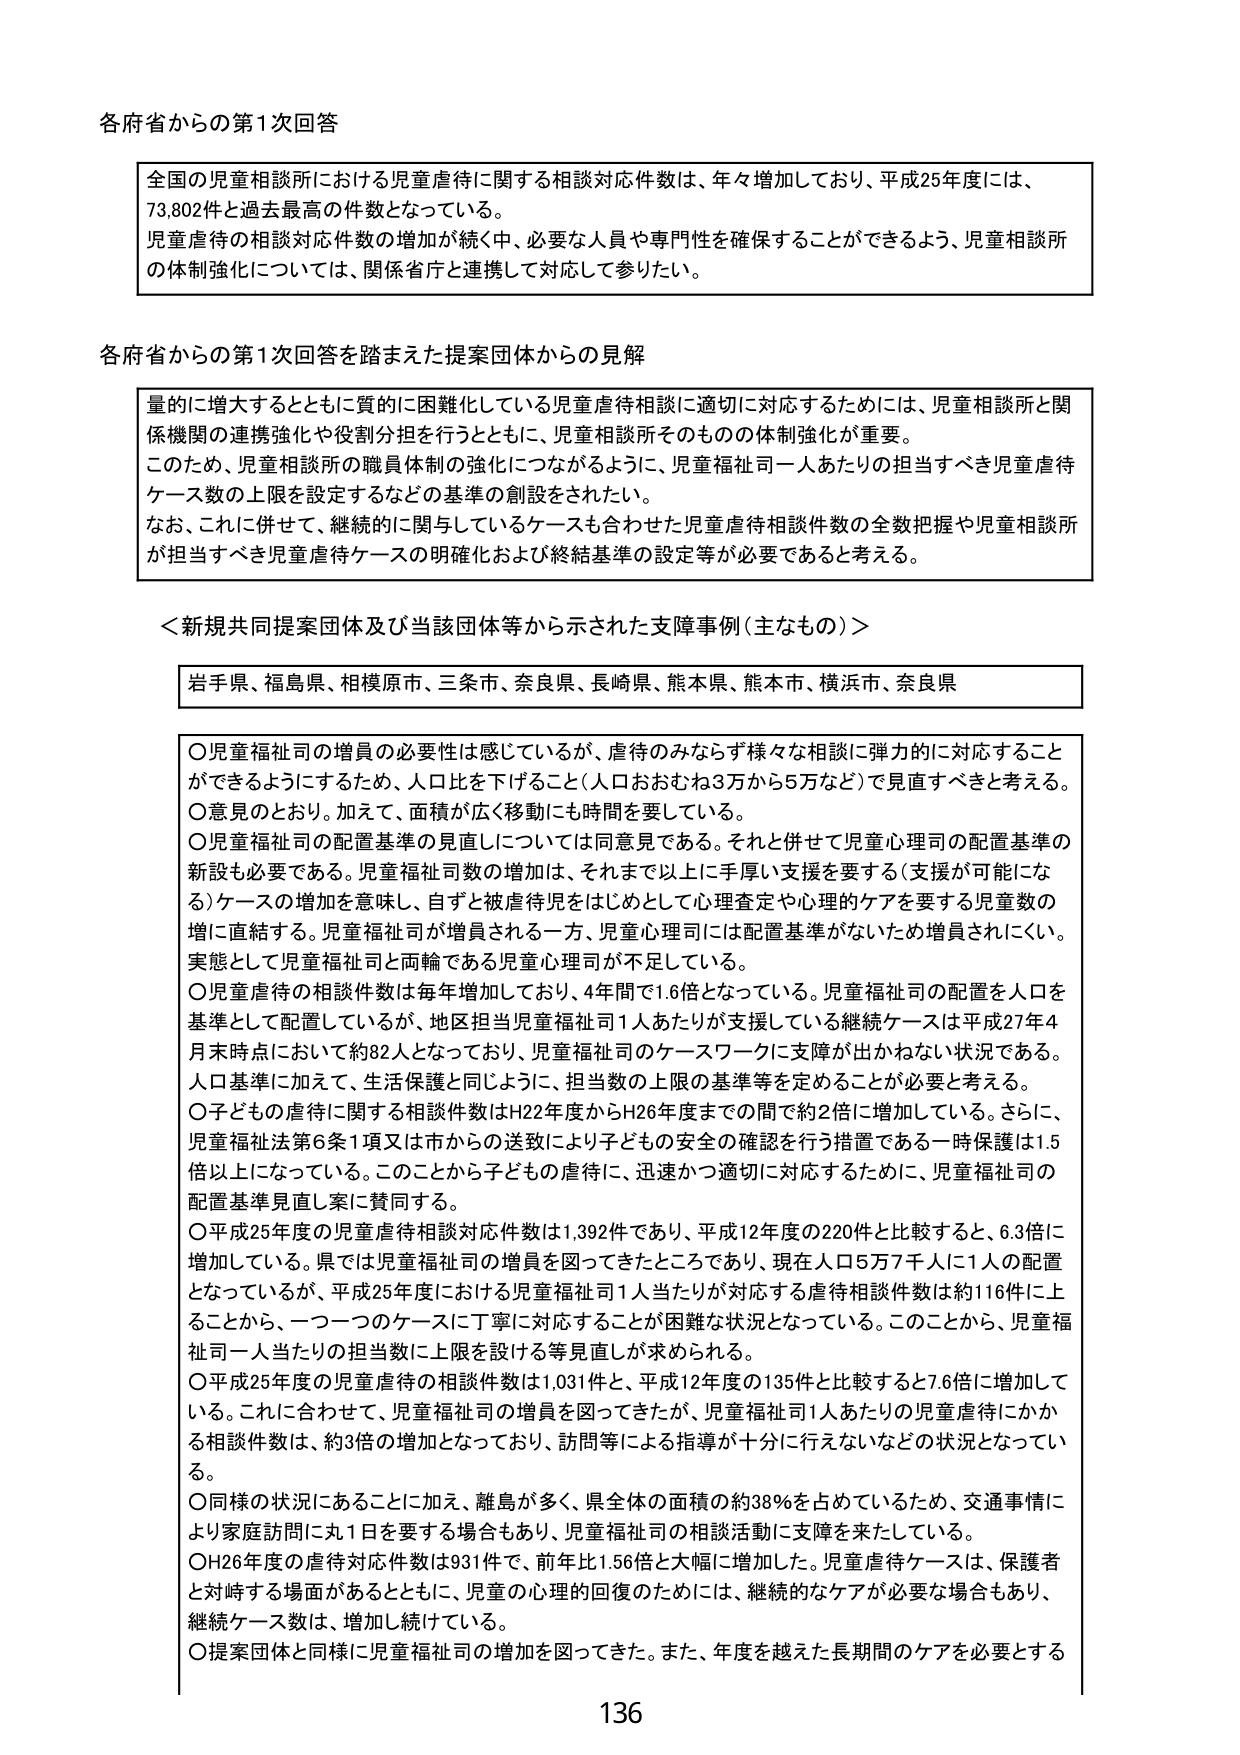
各府省からの第1次回答

全国の児童相談所における児童虐待に関する相談対応件数は、年々増加しており、平成25年度には、
73,802件と過去最高の件数となっている。
児童虐待の相談対応件数の増加が続く中、必要な人員や専門性を確保することができるよう、児童相談所
の体制強化については、関係省庁と連携して対応して参りたい。

各府省からの第1次回答を踏まえた提案団体からの見解

量的に増大するとともに質的に困難化している児童虐待相談に適切に対応するためには、児童相談所と関
係機関の連携強化や役割分担を行うとともに、児童相談所そのものの体制強化が重要。
このため、児童相談所の職員体制の強化につながるように、児童福祉司一人あたりの担当すべき児童虐待
ケース数の上限を設定するなどの基準の創設をされたい。
なお、これに併せて、継続的に関与しているケースも合わせた児童虐待相談件数の全数把握や児童相談所
が担当すべき児童虐待ケースの明確化および終結基準の設定等が必要であると考える。

＜新規共同提案団体及び当該団体等から示された支援事例（主なもの）＞

岩手県、福島県、相模原市、三条市、奈良県、長崎県、熊本県、熊本市、横浜市、奈良県

○児童福祉司の増員の必要性は感じているが、虐待のみならず様々な相談に弾力的に対応すること
ができるようにするため、人口比を下げること（人口おおむね3万から5万など）で見直すべきと考える。
○意見のとおり。加えて、面積が広く移動にも時間を要している。
○児童福祉司の配置基準の見直しについては同意見である。それと併せて児童心理司の配置基準の
新設も必要である。児童福祉司数の増加は、それまで以上に手厚い支援を要する（支援が可能にな
る）ケースの増加を意味し、自ずと被虐待児をはじめとして心理査定や心理的ケアを要する児童数の
増に直結する。児童福祉司が増員される一方、児童心理司には配置基準がないため増員されにくい。
実態として児童福祉司と両輪である児童心理司が不足している。
○児童虐待の相談件数は毎年増加しており、4年間で1.6倍となっている。児童福祉司の配置を人口を
基準として配置しているが、地区担当児童福祉司1人あたりが支援している継続ケースは平成27年4
月末時点において約82人となっており、児童福祉司のケースワークに支障が出かねない状況である。
人口基準に加えて、生活保護と同じように、担当数の上限の基準等を定めることが必要と考える。
○子どもの虐待に関する相談件数はH22年度からH26年度までの間で約2倍に増加している。さらに、
児童福祉法第6条1項又は市からの送致により子どもの安全の確認を行う措置である一時保護は1.5
倍以上になっている。このことから子どもの虐待に、迅速かつ適切に対応するために、児童福祉司の
配置基準見直し案に賛同する。
○平成25年度の児童虐待相談対応件数は1,392件であり、平成12年度の220件と比較すると、6.3倍に
増加している。県では児童福祉司の増員を図ってきたところであり、現在人口5万7千人に1人の配置
となっているが、平成25年度における児童福祉司1人当たりが対応する虐待相談件数は約116件に上
ることから、一つ一つのケースに丁寧に対応することが困難な状況となっている。このことから、児童福
祉司一人当たりの担当数に上限を設ける等見直しが求められる。
○平成25年度の児童虐待の相談件数は1,031件と、平成12年度の135件と比較すると7.6倍に増加して
いる。これに合わせて、児童福祉司の増員を図ってきたが、児童福祉司1人あたりの児童虐待にかか
る相談件数は、約3倍の増加となっており、訪問等による指導が十分に行えないなどの状況となってい
る。
○同様の状況にあることに加え、離島が多く、県全体の面積の約38％を占めているため、交通事情に
より家庭訪問に丸1日を要する場合もあり、児童福祉司の相談活動に支障を来している。
○H26年度の虐待対応件数は931件で、前年比1.56倍と大幅に増加した。児童虐待ケースは、保護者
と対峙する場面があるとともに、児童の心理的回復のためには、継続的なケアが必要な場合もあり、
継続ケース数は、増加し続けている。
○提案団体と同様に児童福祉司の増加を図ってきた。また、年度を越えた長期間のケアを必要とする

136